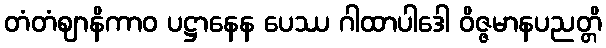
တံတံဈာနိကာဝ ပဋ္ဌာနေန ပေဿ ဂါထာပါဒေါ ဝိဇ္ဇမာနပညတ္တိ